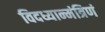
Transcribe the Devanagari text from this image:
विदध्यान्मंत्रिणं